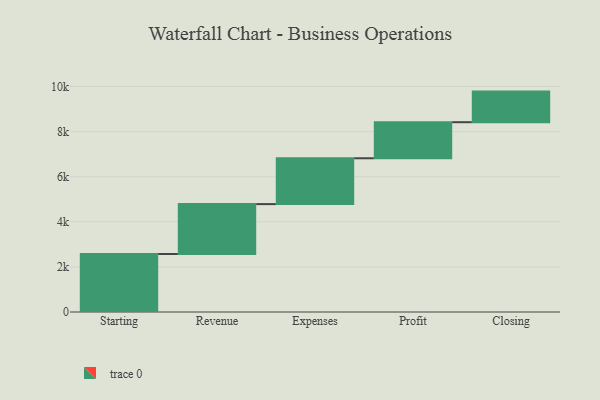
{"axis": {"x": "Step", "y": "Value"}, "legend": [""], "data": [{"x": "Starting", "y": 2572.0, "type": ""}, {"x": "Revenue", "y": 2213.0, "type": ""}, {"x": "Expenses", "y": 2033.0, "type": ""}, {"x": "Profit", "y": 1600.0, "type": ""}, {"x": "Closing", "y": 1357.0, "type": ""}]}